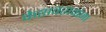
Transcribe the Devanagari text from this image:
केशवरावांना